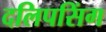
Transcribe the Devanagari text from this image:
दलिपसिंग